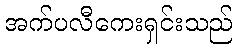
အက်ပလီကေးရှင်းသည်